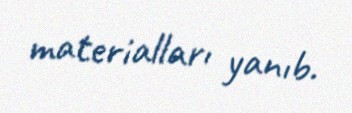
materialları yanıb.